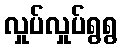
လှုပ်လှုပ်ရွရွ